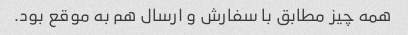
همه چیز مطابق با سفارش و ارسال هم به موقع بود.